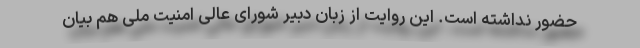
حضور نداشته است. این روایت از زبان دبیر شورای عالی امنیت ملی هم بیان